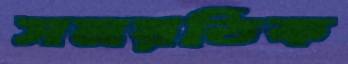
সময়ঠিক